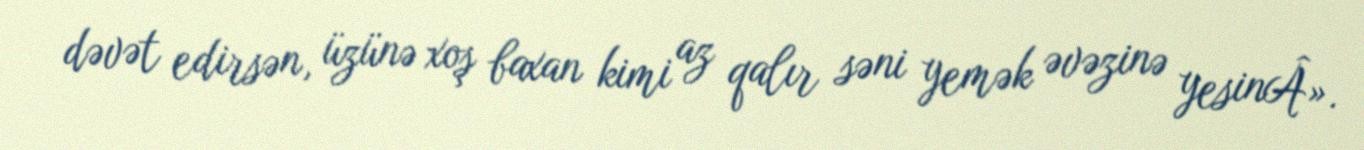
dəvət edirsən, üzünə xoş baxan kimi az qalır səni yemək əvəzinə yesinÂ».